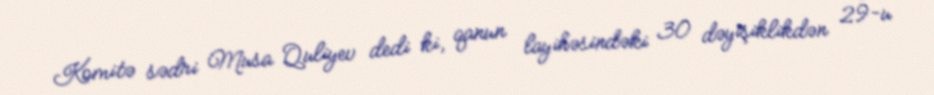
Komitə sədri Musa Quliyev dedi ki, qanun layihəsindəki 30 dəyişiklikdən 29-u